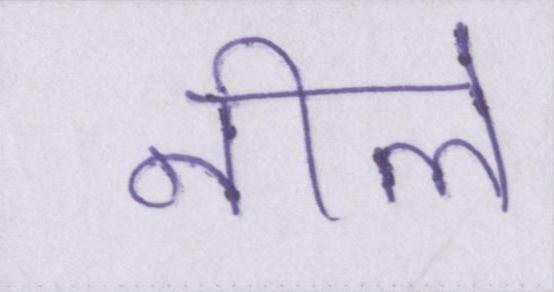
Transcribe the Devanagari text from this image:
नीले